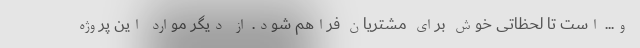
و... است تا لحظاتی خوش برای مشتریان فراهم شود. از دیگر موارد این پروژه